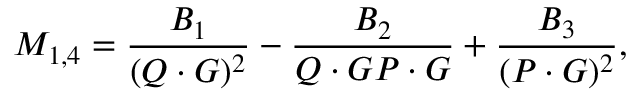
{ \cal M } _ { 1 , 4 } = { \frac { { \cal B } _ { 1 } } { ( Q \cdot G ) ^ { 2 } } } - { \frac { { \cal B } _ { 2 } } { Q \cdot G P \cdot G } } + { \frac { { \cal B } _ { 3 } } { ( P \cdot G ) ^ { 2 } } } ,